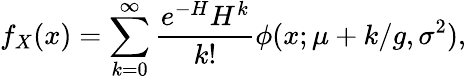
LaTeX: f_{X}(x)=\sum_{k=0}^{\infty}\frac{e^{-H}H^{k}}{k!}\phi(x;\mu+k/g,\sigma^{2}),